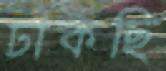
ঢাকছি